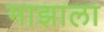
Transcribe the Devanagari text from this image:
माझाला